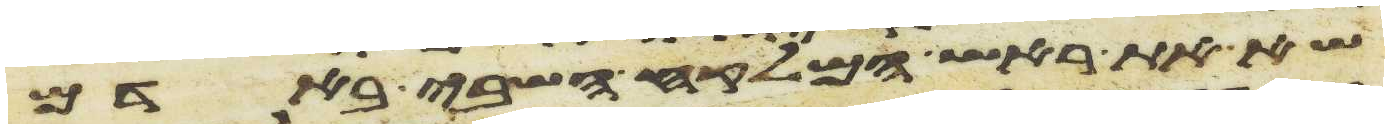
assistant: שא את ראש המלקח השבי באדם